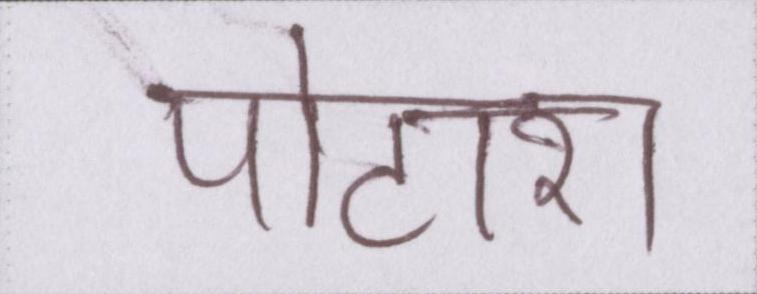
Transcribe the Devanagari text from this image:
पोटाश